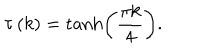
\tau \left( k \right) = \tanh \left( \frac { \pi k } { 4 } \right) .